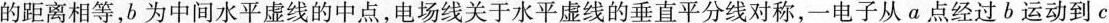
的距离相等，b为中间水平虚线的中点，电场线关于水平虚线的垂直平分线对称，一电子从a点经过b运动到c